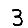
Digit: 3